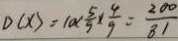
D ( x ) = 1 0 \times \frac { 5 } { 9 } \times \frac { 9 } { 9 } = \frac { 2 0 0 } { 8 1 }